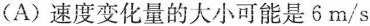
（A）速度变化量的大小可能是6m/s